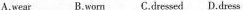
A.wear B.worn C.dressed D.dress